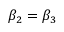
\beta _ { 2 } = \beta _ { 3 }